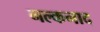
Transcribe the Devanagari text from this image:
नल्कनाद